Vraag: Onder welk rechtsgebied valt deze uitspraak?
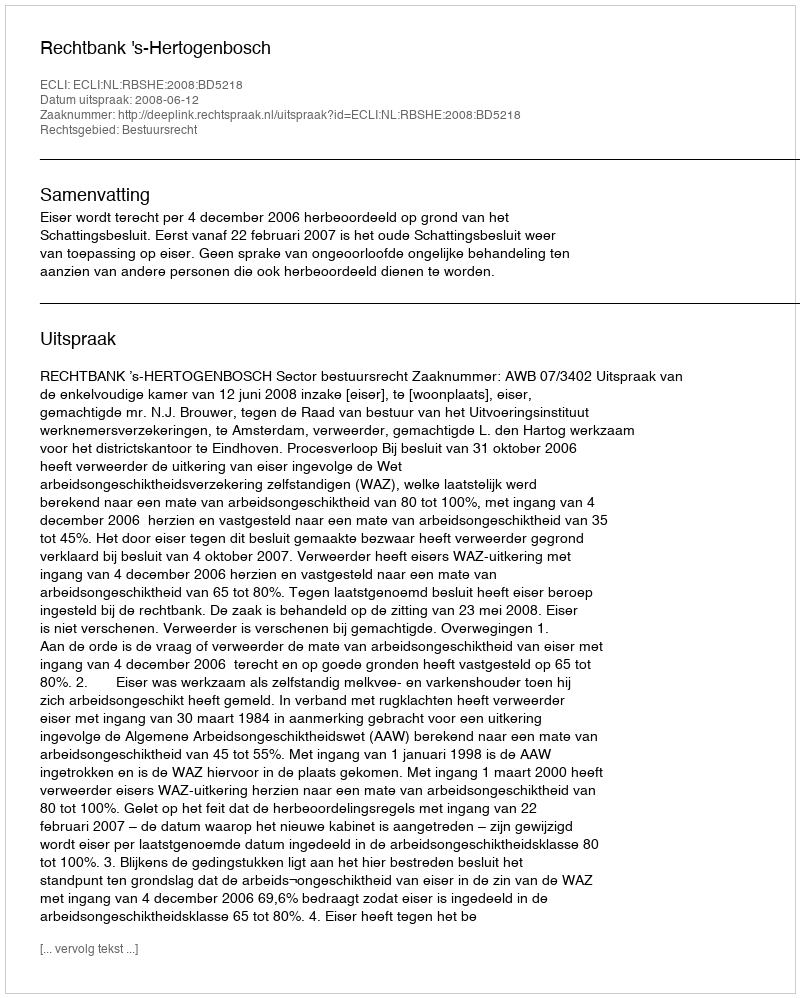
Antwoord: Bestuursrecht